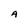
Character: A